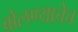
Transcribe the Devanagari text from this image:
बोलण्याचेच